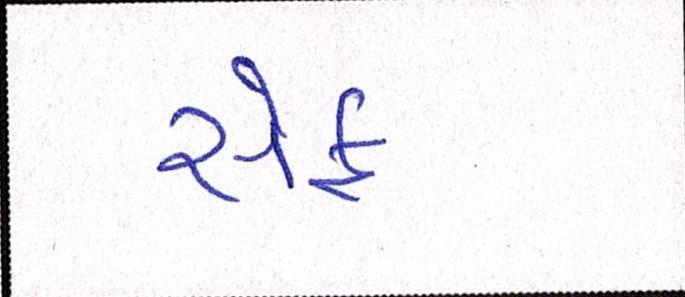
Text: સેફ